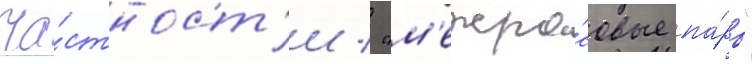
ча́стност'и / "м'ежра́совые па́ры"